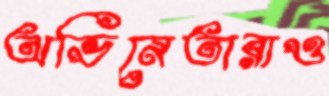
অভিনেতারাও